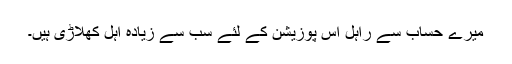
میرے حساب سے راہل اس پوزیشن کے لئے سب سے زیادہ اہل کھلاڑی ہیں۔